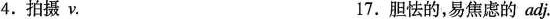
4.拍摄v. 17.胆怯的，易焦虑的adj.